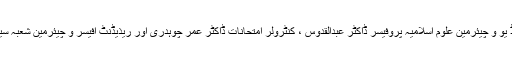
اس موقع پر ڈائریکٹر پبلک ریلیشنز بی زیڈ یو و چیئرمین علوم اسلامیہ پروفیسر ڈاکٹر عبدالقدوس ، کنٹرولر امتحانات ڈاکٹر عمر چوہدری اور ریذیڈنٹ آفیسر و چیئرمین شعبہ سیاسیات ڈاکٹر مقرب اکبر بھی موجود تھے۔